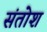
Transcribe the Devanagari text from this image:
संतोश